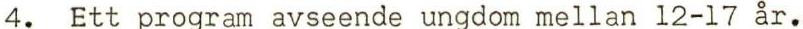
4. Ett program avseende ungdom mellan 12-17 år.